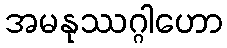
အမနုဿဂ္ဂါဟော